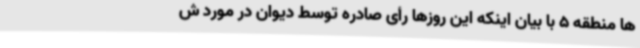
ها منطقه 5 با بیان اینکه این روزها رأی صادره توسط دیوان در مورد ش